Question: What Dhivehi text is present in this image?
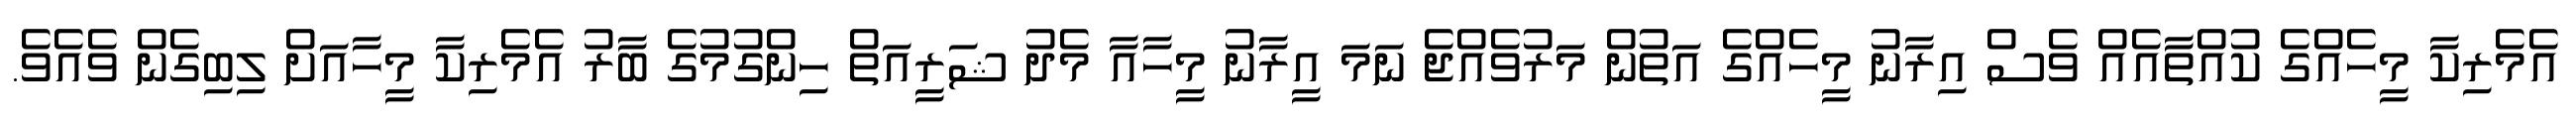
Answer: އެމެރިކާ މީހެއްގެ ކުއްތާއެއް ވެސް އިރާނު މީހެއްގެ އަތުން މަރުވެއްޖެ ނަމަ އީރާނު މީހާއާ މެދު ޝަރީއަތް ހިންގުމުގެ ބާރު އެމެރިކާ މީހާއަށް ލިބިގެން ވެއެވެ.